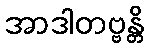
အာဒါတဗ္ဗန္တိ